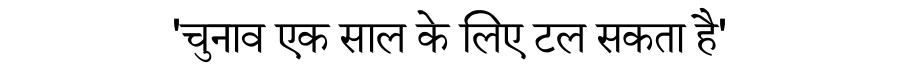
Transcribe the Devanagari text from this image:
'चुनाव एक साल के लिए टल सकता है'